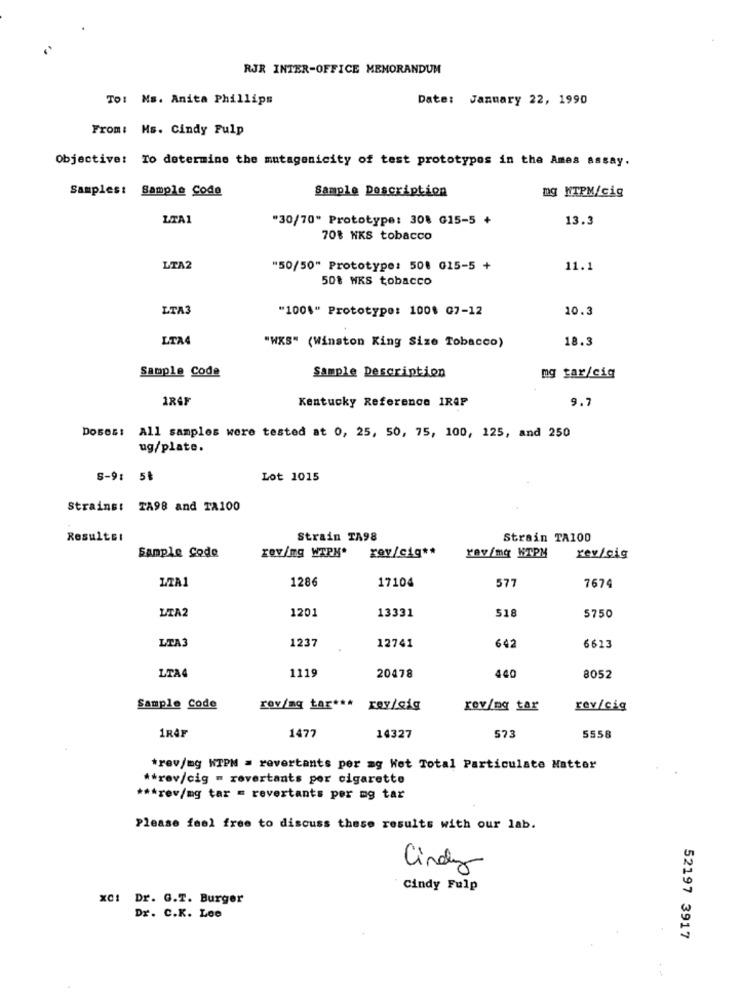
RJR INTER-OFFICE MEMORANDUM
TO: Ms. Anita Phillips
Date: January 22, 1990
From: Ms. Cindy Fulp
Objective: To determine the mutagenicity of test prototypos in the Ames assay.
Samples:
Sample Code
ng NTPM/cig
Sample Description
LTA1
"30/70" Prototype: 308 G15-5 +
13.3
70% HKS tobacco
LTA2
"50/50" Prototype: 508 015-5 +
11.1
50% WKS tobacco
LTA3
"1001" Prototypo: 100$ 07-12
10.3
LTA4
"WKS" (Winston King Size Tobacco)
18.3
Sample Code
Sample Description
mg tar/cig
1RAF
Kentucky Reference IRAP
9.7
Doses: All samples were tested at 0, 25, 50, 75, 100, 125, and 250
ug/plate.
S-9: 5₺
Lot 1015
Strains: TA98 and TA100
Resultsi
Strain TA98
Strain TA100
rev/cig **
Sample code
rov/mg WTPN*
rav/mq KTPM
rev/cig
1286
17104
ZZA1
577
7674
LTA2
1201
518
13331
5750
LTA3
1237
12741
642
6613
1119
440
LTA4
20478
8052
Sample Code
rov/ag tar ***
rey/gig
rev/ng tar
rev/cig
1RAF
1477
14327
573
5558
*rev/mg NTPN = revertants per ag het Total Particulate Natter
** rev/cig = revertants per cigarette
*** rev/mg tar = revertants per mg tar
Please feel free to discuss these results with our lab.
Cindy
Cindy Fulp
XCI Dr. G.T. Burger
Dr. C.K. Lee
52197 3917